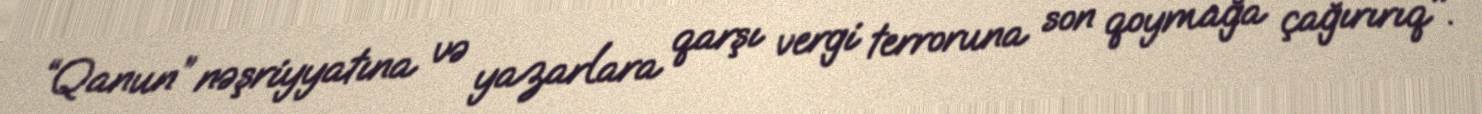
“Qanun” nəşriyyatına və yazarlara qarşı vergi terroruna son qoymağa çağırırıq".